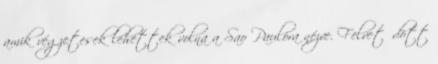
amik végzetesek lehettek volna a Sao Paulóra nézve. Felvetődött